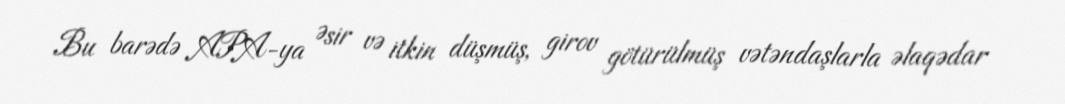
Bu barədə APA-ya Əsir və itkin düşmüş, girov götürülmüş vətəndaşlarla əlaqədar